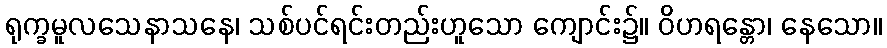
ရုက္ခမူလသေနာသနေ၊ သစ်ပင်ရင်းတည်းဟူသော ကျောင်း၌။ ဝိဟရန္တော၊ နေသော။